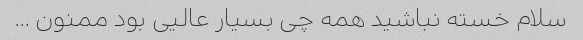
سلام خسته نباشید همه چی بسیار عالیی بود ممنون …